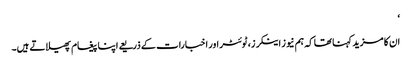
‘
ان کا مزید کہنا تھا کہ ہم نیوز اینکرز، ٹوئٹر اور اخبارات کے ذریعے اپنا پیغام پھیلاتے ہیں۔